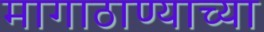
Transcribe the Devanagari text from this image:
मागाठाण्याच्या